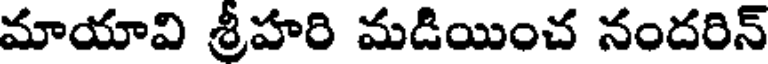
మాయావి శ్రీహరి మడియించ నందరిన్